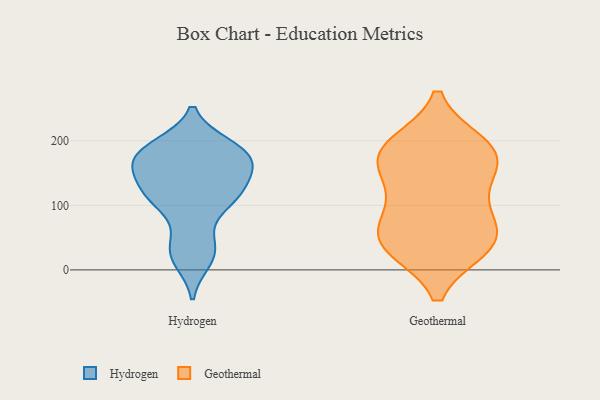
{"axis": {"x": "Latency (ms)", "y": "Value"}, "legend": ["Geothermal", "Hydrogen"], "data": [{"x": "", "y": 27, "type": "Hydrogen"}, {"x": "", "y": 193, "type": "Hydrogen"}, {"x": "", "y": 185, "type": "Hydrogen"}, {"x": "", "y": 46, "type": "Hydrogen"}, {"x": "", "y": 107, "type": "Hydrogen"}, {"x": "", "y": 120, "type": "Hydrogen"}, {"x": "", "y": 137, "type": "Hydrogen"}, {"x": "", "y": 116, "type": "Hydrogen"}, {"x": "", "y": 155, "type": "Hydrogen"}, {"x": "", "y": 103, "type": "Hydrogen"}, {"x": "", "y": 169, "type": "Hydrogen"}, {"x": "", "y": 169, "type": "Hydrogen"}, {"x": "", "y": 163, "type": "Hydrogen"}, {"x": "", "y": 192, "type": "Hydrogen"}, {"x": "", "y": 14, "type": "Hydrogen"}, {"x": "", "y": 56, "type": "Geothermal"}, {"x": "", "y": 41, "type": "Geothermal"}, {"x": "", "y": 169, "type": "Geothermal"}, {"x": "", "y": 193, "type": "Geothermal"}, {"x": "", "y": 186, "type": "Geothermal"}, {"x": "", "y": 122, "type": "Geothermal"}, {"x": "", "y": 104, "type": "Geothermal"}, {"x": "", "y": 36, "type": "Geothermal"}, {"x": "", "y": 182, "type": "Geothermal"}, {"x": "", "y": 61, "type": "Geothermal"}, {"x": "", "y": 169, "type": "Geothermal"}, {"x": "", "y": 36, "type": "Geothermal"}]}